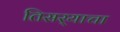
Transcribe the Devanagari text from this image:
तिसर्‍याचा